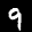
Label: 9